Report on the working of the Ranchi Indian Mental Hospital, Kanke, in Bihar and Orissa - 1930-1940
Year: 1930
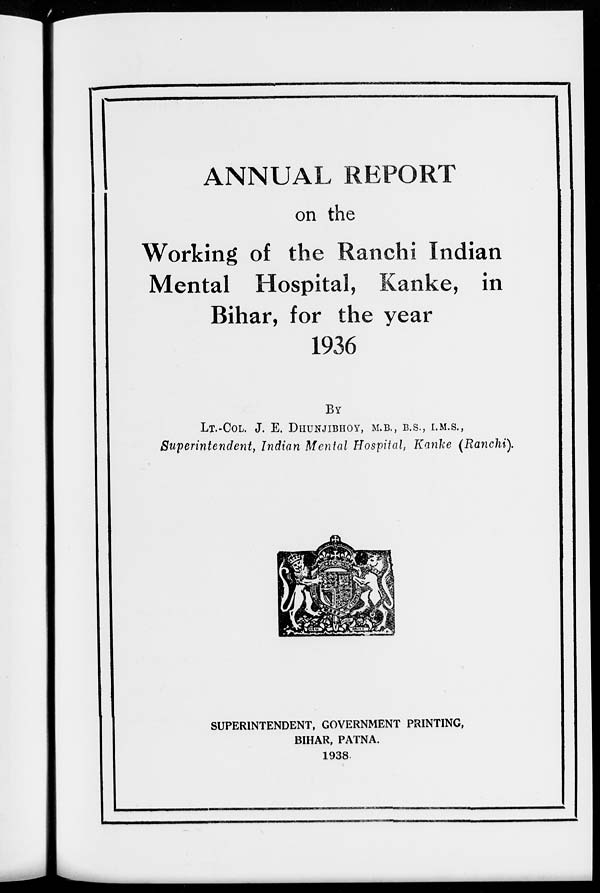
ANNUAL REPORT
on the
Working of the Ranchi Indian
Mental Hospital, Kanke, in
Bihar, for the year
1936
BY
LT.-COL. J. E. DHUNJIBHOY, M.B., B.S., I.M.S.,
Superintendent, Indian Mental Hospital, Kanke (Ranchi).
SUPERINTENDENT, GOVERNMENT PRINTING,
BIHAR, PATNA.
1938